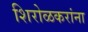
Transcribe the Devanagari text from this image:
शिरोळकरांना